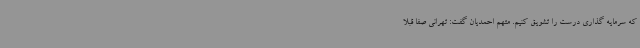
که سرمایه گذاری درست را تشویق کنیم. متهم احمدیان گفت: تهرانی صفا قبلا